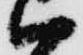
ハ